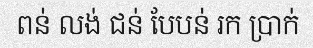
ពន់ លង់ ជន់ បែបន់ រក ប្រាក់